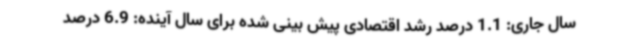
سال جاری: 1.1 درصد رشد اقتصادی پیش بینی شده برای سال آینده: 6.9 درصد